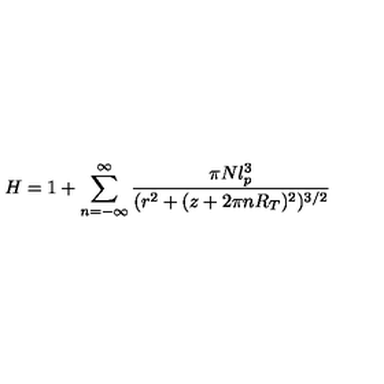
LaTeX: H = 1 + \sum _ { n = - \infty } ^ { \infty } \frac { \pi N l _ { p } ^ { 3 } } { ( r ^ { 2 } + ( z + 2 \pi n R _ { T } ) ^ { 2 } ) ^ { 3 / 2 } }